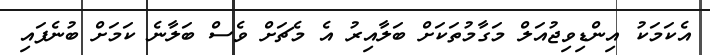
އެކަމަކު އިންޑިވިޖުއަލް މަގާމުތަކަށް ބަލާއިރު އެ މެޗަށް ވެސް ބަލާނެ ކަމަށް ބުނެފައި